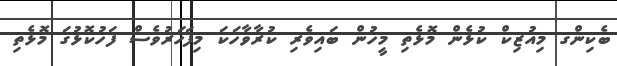
ބެކިންގ މިއުޒިކް ކުޅެން މޮޅެތި މީހުން ބައިވެރި ކުރާވާހަކަ މިފަހަރުވެސް ފަހުކޮޅުގަ މޮޅެތި